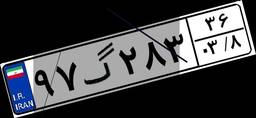
۴۰گ۵۵۵۰۵